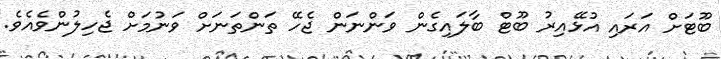
ބޫޓަށް އަރައި އުޅޭއިރު ބޫޓް ބާލައިގެން ވަންނަން ޖެހޭ ތަންތަނަށް ވަނުމަށް ޖެހިލުންވެއެވެ.